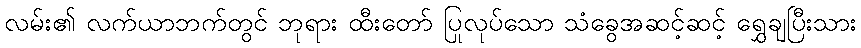
လမ်း၏ လက်ယာဘက်တွင် ဘုရား ထီးတော် ပြုလုပ်သော သံခွေအဆင့်ဆင့် ရွှေချပြီးသား